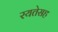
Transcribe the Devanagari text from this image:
रयतेसह